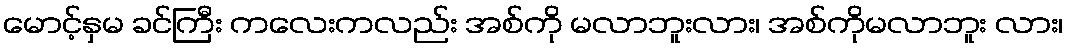
မောင့်နှမ ခင်ကြီး ကလေးကလည်း အစ်ကို မလာဘူးလား၊ အစ်ကိုမလာဘူး လား၊